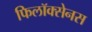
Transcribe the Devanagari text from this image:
फिलॉक्सेनस